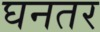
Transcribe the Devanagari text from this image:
घनतर